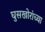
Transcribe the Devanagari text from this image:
घुसखोरांच्या